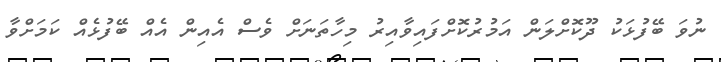
ނުވަ ބޭފުޅަކު ދޫކޮށްލަން އަމުރުކޮށްފައިވާއިރު މިހާތަނަށް ވެސް އެއިން އެއް ބޭފުޅެއް ކަމަށްވާ